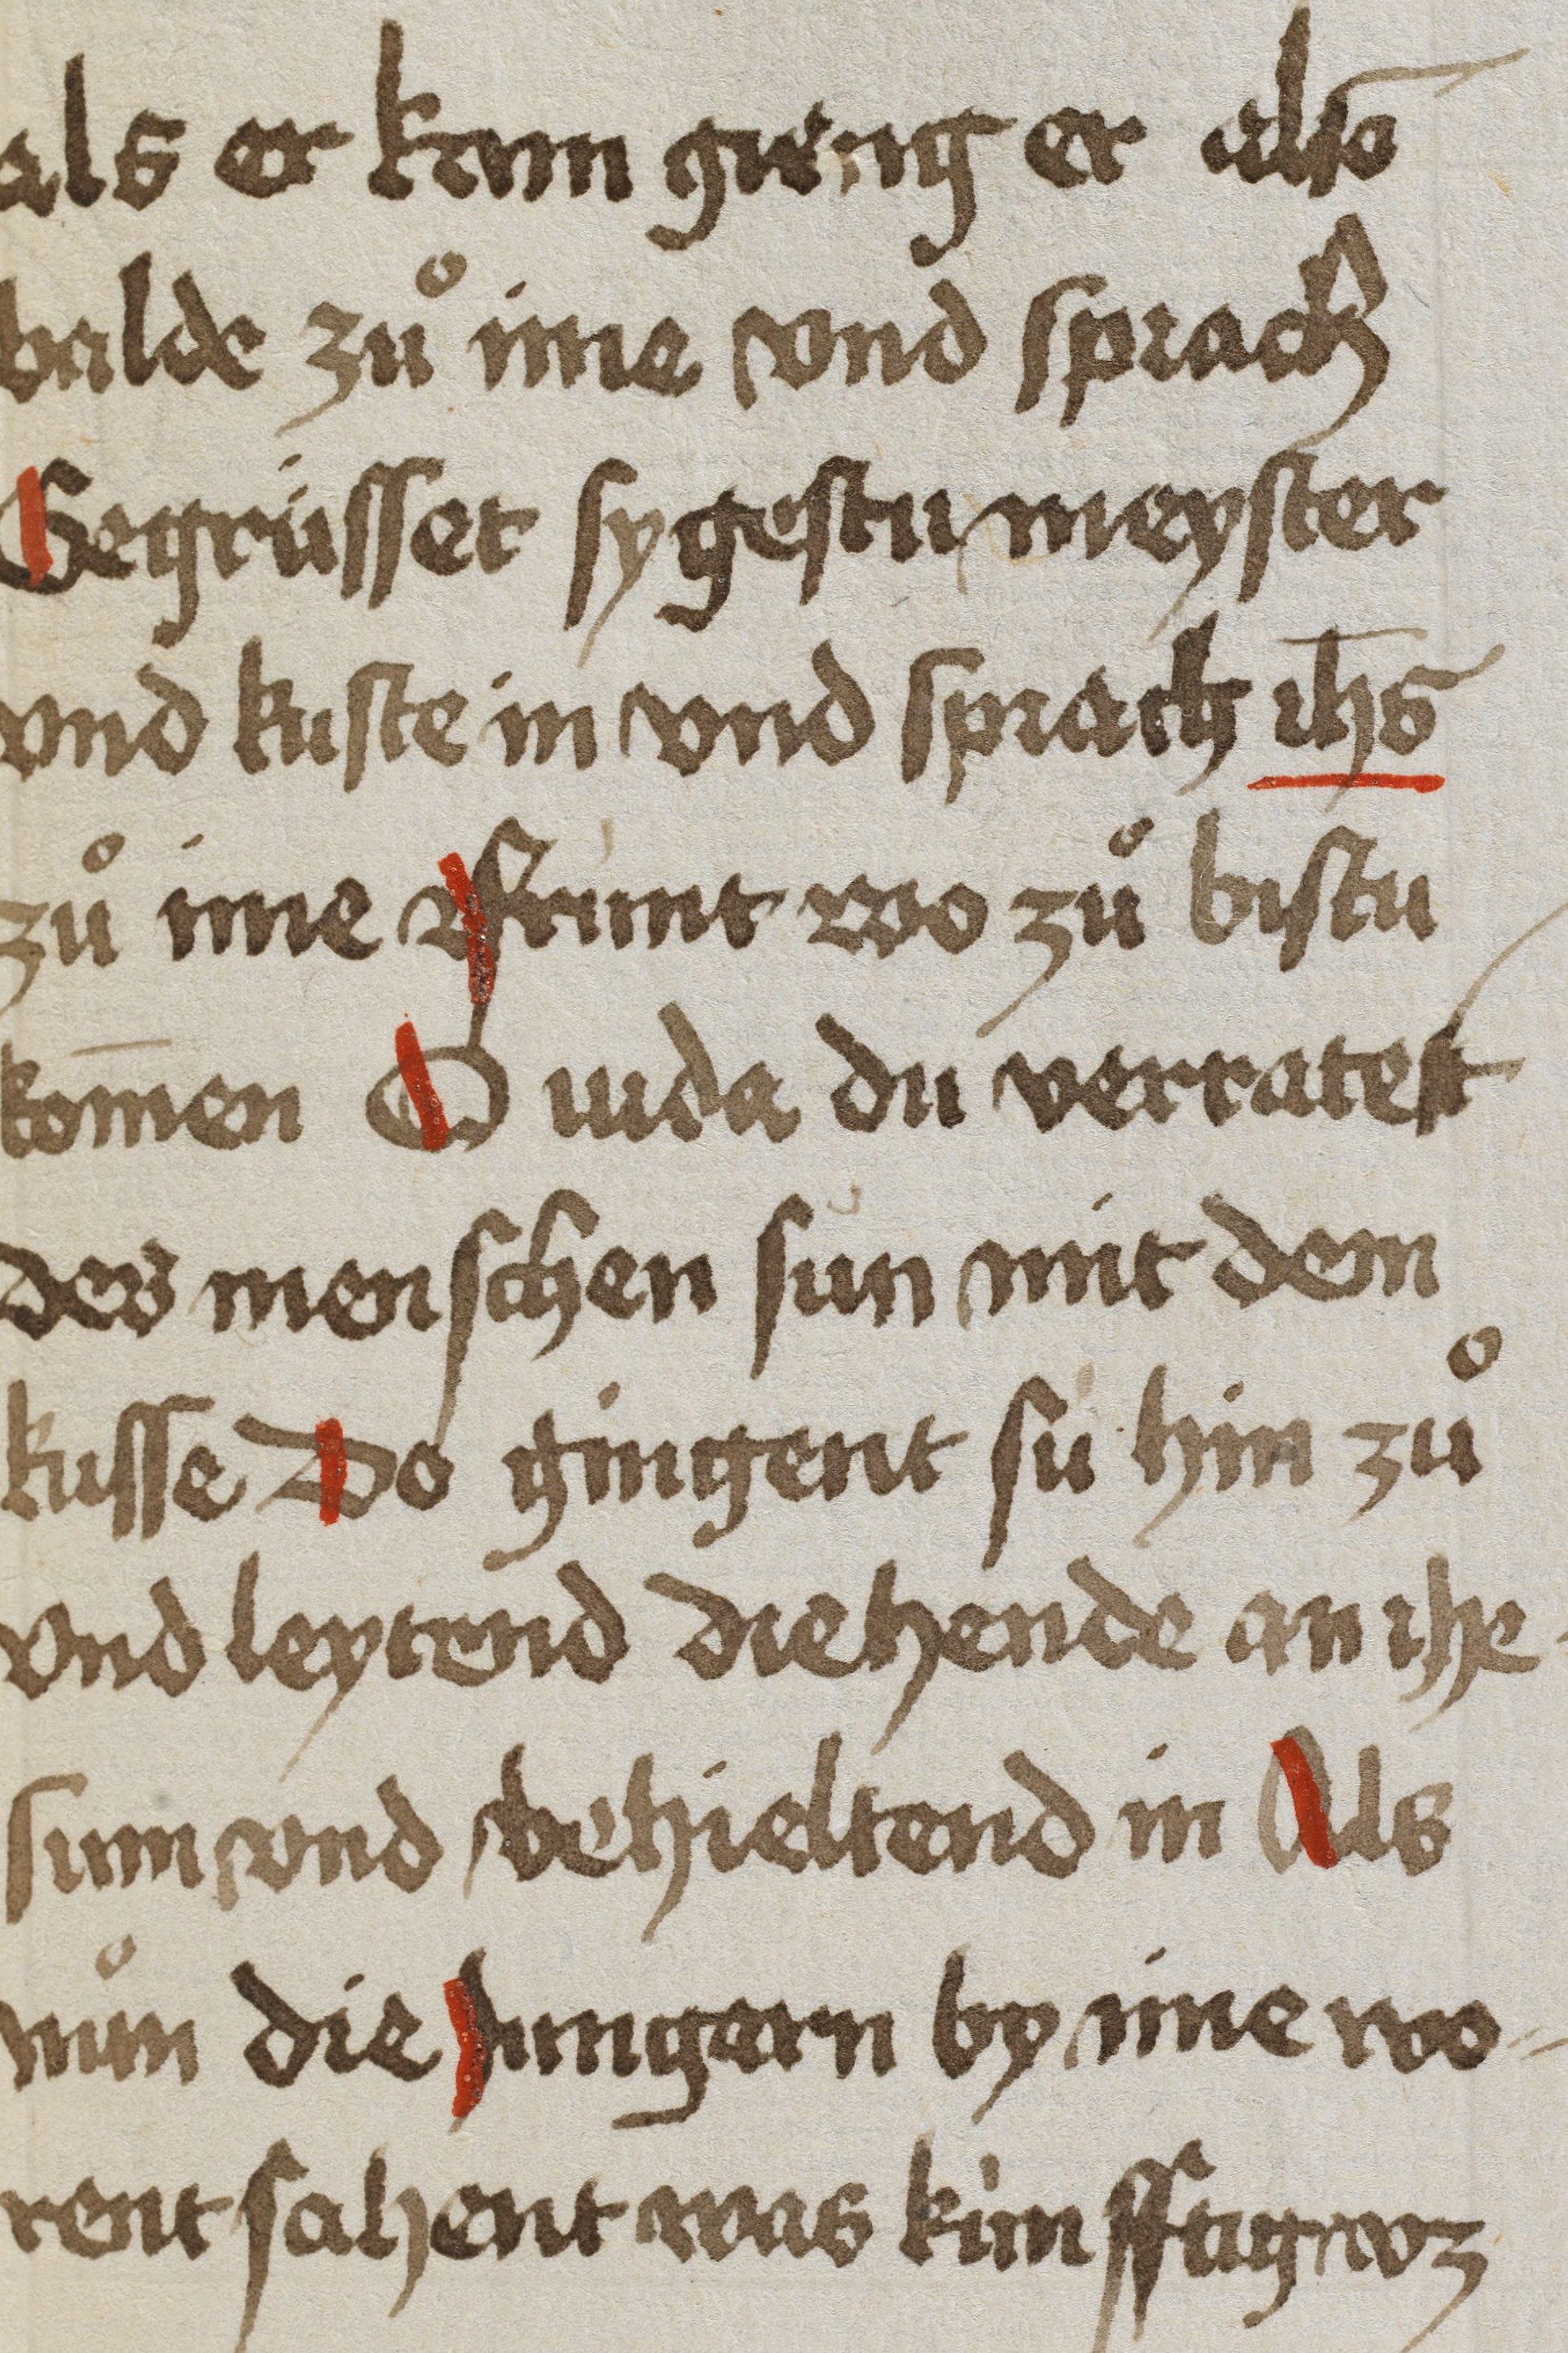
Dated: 1450–1499